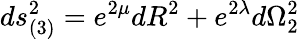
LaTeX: ds_{(3)}^{2}=e^{2\mu}dR^{2}+e^{2\lambda}d{\Omega}_{2}^{2}